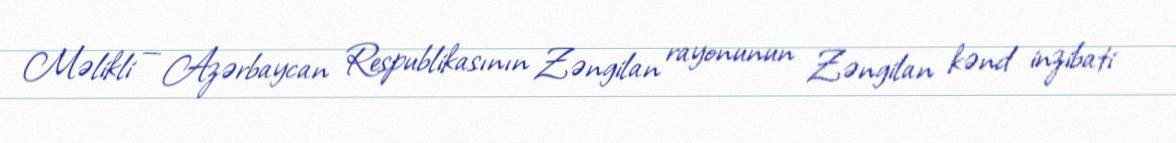
Məlikli — Azərbaycan Respublikasının Zəngilan rayonunun Zəngilan kənd inzibati